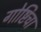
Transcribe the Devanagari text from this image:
गोष्टिंचा